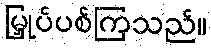
မြှုပ်ပစ်ကြသည်။